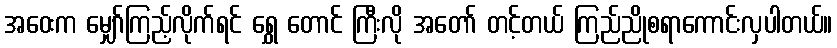
အဝေးက မျှော်ကြည့်လိုက်ရင် ရွှေ တောင် ကြီးလို အတော် တင့်တယ် ကြည်ညိုစရာကောင်းလှပါတယ်။